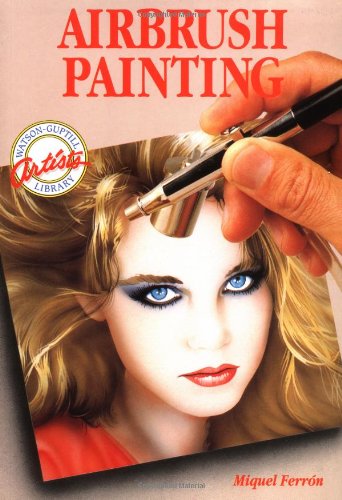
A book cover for Airbrush Painting (Watson-Guptill Artist's Library); Miquel Ferron; Arts & Photography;